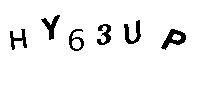
HY63UP